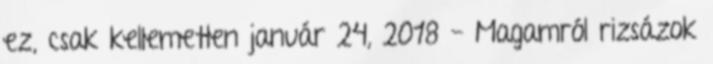
ez, csak kellemetlen január 24, 2018 - Magamról rizsázok